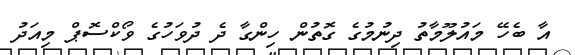
އާ ބެހޭ މައުލޫމާތު ދިނުމުގެ ގޮތުން ހިންގާ ދެ ދުވަހުގެ ވޯކްސޮޕް މިއަދު